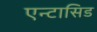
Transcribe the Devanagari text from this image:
एन्टासिड